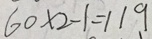
6 0 \times 2 - 1 = 1 1 9